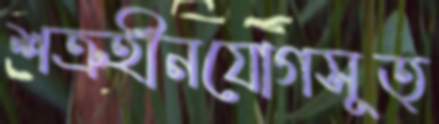
শত্রুহীনযোগসূত্